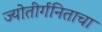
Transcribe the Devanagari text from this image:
ज्योतीर्गनिताचा